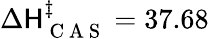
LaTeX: \Delta\mathsf{H}_{\mathrm{{~C~A~S~}}}^{\ddagger}=37.68